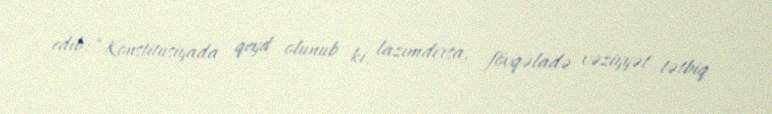
edib: “Konstitusiyada qeyd olunub ki, lazımdırsa, fövqəladə vəziyyət tətbiq